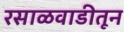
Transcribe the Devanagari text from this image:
रसाळवाडीतून